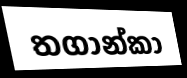
තගාන්කා